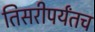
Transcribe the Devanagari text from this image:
तिसरीपर्यंतच